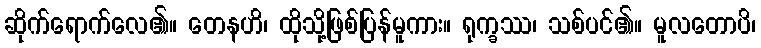
ဆိုက်ရောက်လေ၏။ တေနဟိ၊ ထိုသို့ဖြစ်ပြန်မူကား။ ရုက္ခဿ၊ သစ်ပင်၏။ မူလတောပိ၊